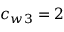
c _ { w 3 } = 2